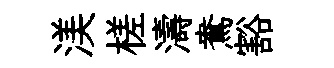
渼槎濤鴦豁